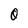
Character: O